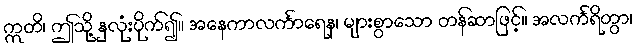
ဣတိ၊ ဤသို့ နှလုံးပိုက်၍။ အနေကာလင်္ကာရေန၊ များစွာသော တန်ဆာဖြင့်။ အလင်္ကရိတွာ၊